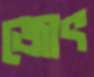
জোৎ